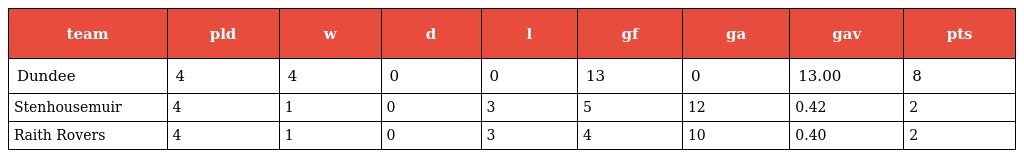
| team | pld | w | d | l | gf | ga | gav | pts |
 | --- | --- | --- | --- | --- | --- | --- | --- | --- |
 | Dundee | 4 | 4 | 0 | 0 | 13 | 0 | 13.00 | 8 |
 | Stenhousemuir | 4 | 1 | 0 | 3 | 5 | 12 | 0.42 | 2 |
 | Raith Rovers | 4 | 1 | 0 | 3 | 4 | 10 | 0.40 | 2 |